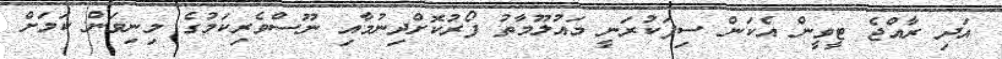
އަދި ރާއްޖެ ޓީވީން އެކަން ސިފަކުރަނީ މައުލޫމާތު ފޯރުކޮށްދިނުމާއި ނޫސްވެރިކަމުގެ މިނިވަން ކަމަށް